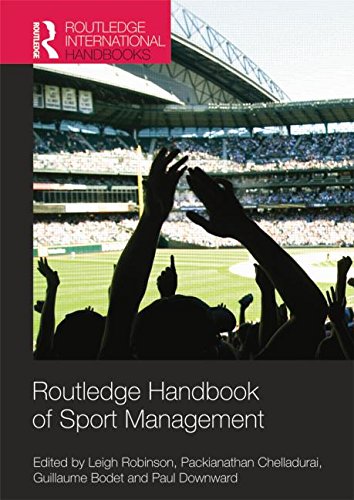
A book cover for Routledge Handbook of Sport Management (Routledge International Handbooks); Sports & Outdoors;